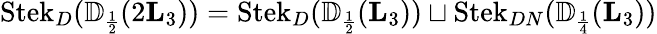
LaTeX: \operatorname{Stek}_{D}({\mathbb{D}}_{\scriptscriptstyle{\frac{1}{2}}}(2\mathbf L_{3}))=\operatorname{Stek}_{D}({\mathbb{D}}_{\scriptscriptstyle{\frac{1}{2}}}(\mathbf L_{3}))\sqcup\operatorname{Stek}_{DN}({\mathbb{D}}_{\scriptscriptstyle{\frac{1}{4}}}(\mathbf L_{3}))